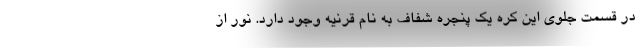
در قسمت جلوی این کره یک پنجره شفاف به نام قرنیه وجود دارد. نور از